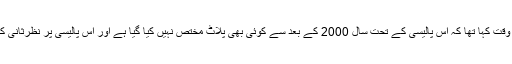
لیکھی نے اس وقت کہا تھا کہ اس پالیسی کے تحت سال 2000 کے بعد سے کوئی بھی پلاٹ مختص نہیں کیا گیا ہے اور اس پالیسی پر نظرثانی کی جا رہی ہے۔